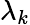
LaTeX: \lambda_{k}